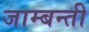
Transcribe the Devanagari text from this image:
जाम्बन्ती